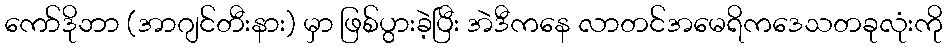
ကော်ဒိုဘာ (အာဂျင်တီးနား) မှာ ဖြစ်ပွားခဲ့ပြီး အဲဒီကနေ လာတင်အမေရိကဒေသတခုလုံးကို